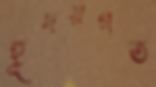
হূদয়গত